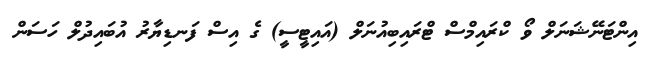
އިންޓަނޭޝަަނަލް ވޯ ކްރައިމްސް ޓްރައިބިއުނަލް (އައިޓީސީ) ގެ އިސް ފަނޑިޔާރު އުބައިދުލް ހަސަން